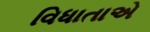
વિધાતાએ